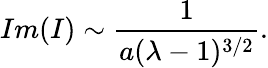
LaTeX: Im(I)\sim{\frac{1}{a(\lambda-1)^{3/2}}}.